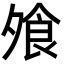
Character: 飧